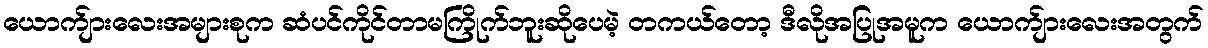
ယောက်ျားလေးအများစုက ဆံပင်ကိုင်တာမကြိုက်ဘူးဆိုပေမဲ့ တကယ်တော့ ဒီလိုအပြုအမူက ယောက်ျားလေးအတွက်